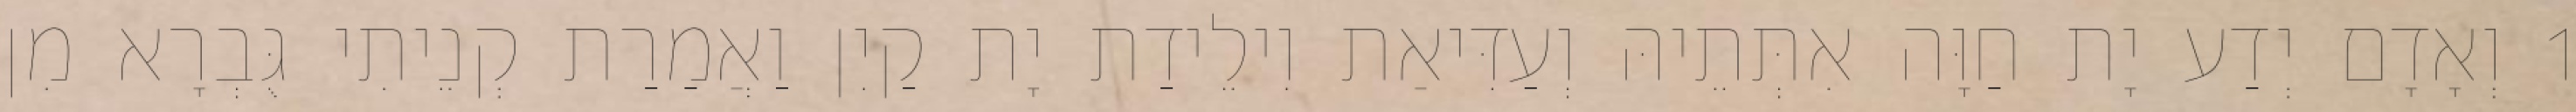
1 וְאָדָם יְדַע יָת חַוָּה אִתְּתֵיהּ וְעַדִּיאַת וִילֵידַת יָת קַיִן וַאֲמַרַת קְנֵיתִי גֻּבְרָא מִן